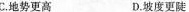
C.地势更高 D.坡度更陡